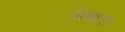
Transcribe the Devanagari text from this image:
पोखरो